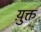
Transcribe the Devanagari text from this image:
य़ुक्त